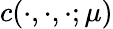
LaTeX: c(\cdot,\cdot,\cdot;\mu)